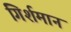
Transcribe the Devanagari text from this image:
गिर्शमान